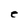
Character: e